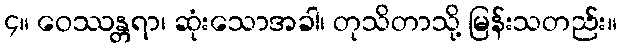
၄။ ဝေဿန္တရာ၊ ဆုံးသောအခါ၊ တုသိတာသို့ မြန်းသတည်း။